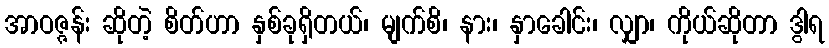
အာဝဇ္ဇန်း ဆိုတဲ့ စိတ်ဟာ နှစ်ခုရှိတယ်၊ မျက်စိ၊ နား၊ နှာခေါင်း၊ လျှာ၊ ကိုယ်ဆိုတာ ဒွါရ